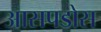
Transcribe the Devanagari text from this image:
आसपडोस